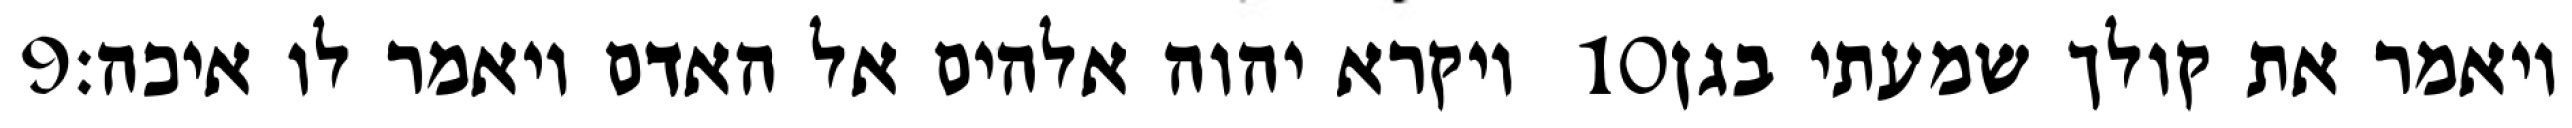
‎9‏ ויקרא יהוה אלהים אל האדם ויאמר לו איכה׃ ‎10‏ ויאמר את קולך שמעתי בגן